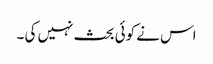
اس نے کوئی بحث نہیں کی ۔